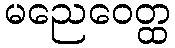
မညေဝေတ္ထ